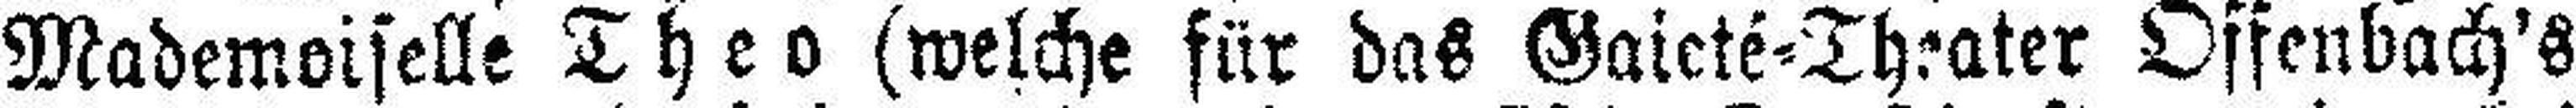
Mademoiselle Theo (welche für das Gaieté=Theater Offenbach's